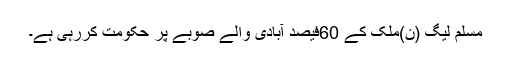
مسلم لیگ (ن)ملک کے 60فیصد آبادی والے صوبے پر حکومت کررہی ہے۔